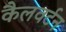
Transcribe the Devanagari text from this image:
कैलवर्टन